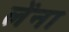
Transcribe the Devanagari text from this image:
लेंना